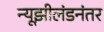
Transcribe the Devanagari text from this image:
न्यूझीलंडनंतर